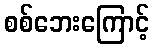
စစ်ဘေးကြောင့်